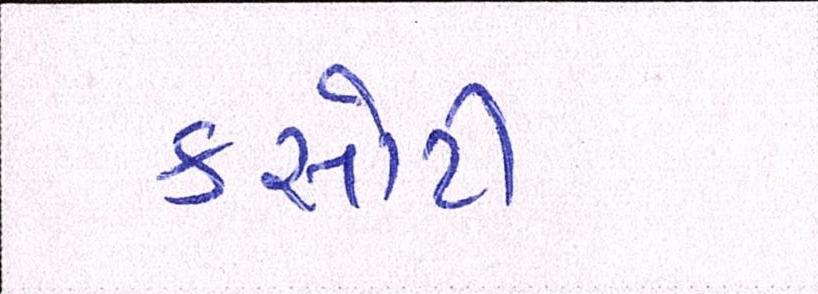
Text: કસોટી